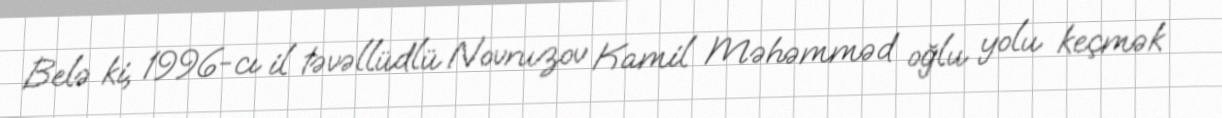
Belə ki, 1996-cı il təvəllüdlü Novruzov Kamil Məhəmməd oğlu yolu keçmək